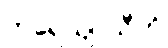
ကရေယျာသီတိ